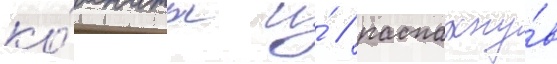
ко́мнаты и́ / распахну́в